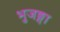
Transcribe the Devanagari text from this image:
भुजङ्गा